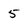
Character: 5